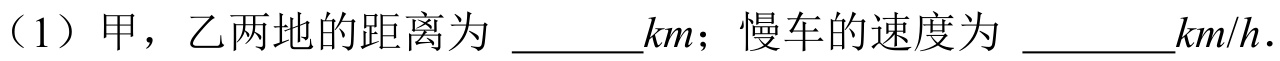
（1）甲，乙两地的距离为 \(\underline{\quad\quad}km\)；慢车的速度为 \(\underline{\quad\quad}km/h\)．